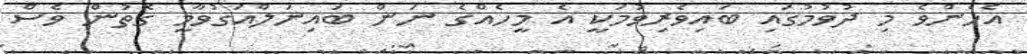
އެހެންވެ މި ދުވުމުގައި ބައިވެރިވުމަކީ އެ މީހެއްގެ ނަން ބައިނަލްއަގުވާމީ ގޮތުން ވެސް